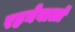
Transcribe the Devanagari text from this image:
रहनेवालॉ